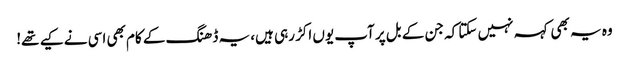
وہ یہ بھی کہہ نہیں سکتا کہ جن کے بل پر آپ یوں اکڑ رہی ہیں، یہ ڈھنگ کے کام بھی اسی نے کیے تھے!